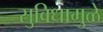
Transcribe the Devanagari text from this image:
सुविधामुळे